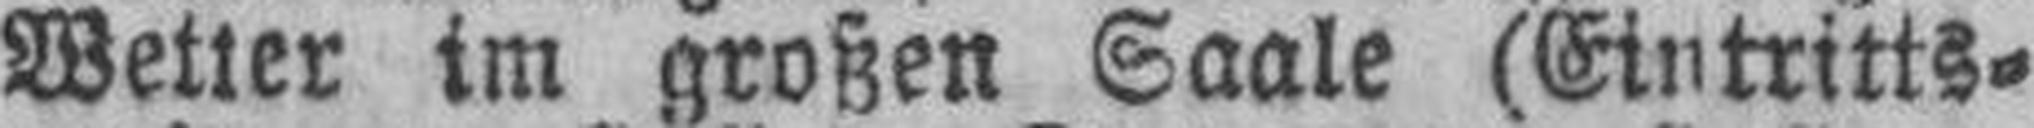
Weiter im großen Saale (Eintritts¬